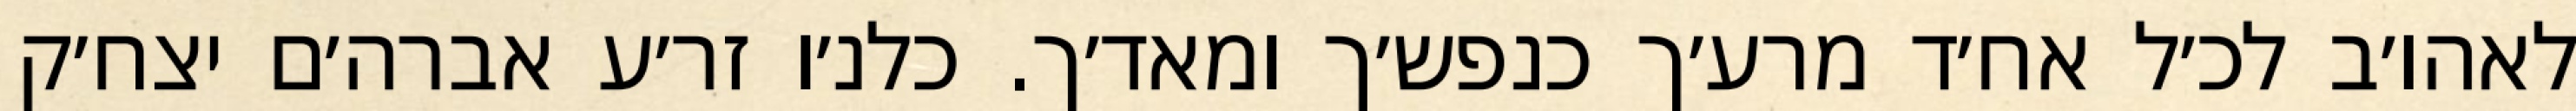
לאהו׳ב לכ׳ל אח׳ד מרע׳ך כנפש׳ך ומאד׳ך. כלנ׳ו זר׳ע אברה׳ם יצח׳ק